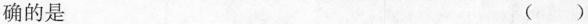
确的是 （）